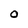
Character: O